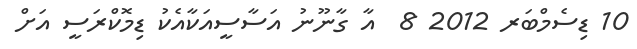
10 ޑިސެމްބަރ 2012 8  އާ ގާނޫނު އަސާސީއަކާއެކު ޑިމޮކްރަސީ އަށް